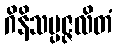
ဂိနိသမ္ပဇ္ဇလိတံ